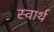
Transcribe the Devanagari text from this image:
स्‍वार्थ